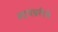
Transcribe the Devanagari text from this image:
लायब्ररीचे